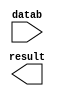
module sub_mass_08_12 (
	datab,
	result);

	input	[9:0]  datab;
	output	[9:0]  result;

endmodule